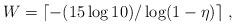
LaTeX: \begin{align*} W=\lceil -(15\log 10)/\log(1-\eta)\rceil\ ,\end{align*}